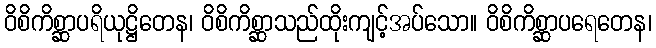
ဝိစိကိစ္ဆာပရိယုဋ္ဌိတေန၊ ဝိစိကိစ္ဆာသည်ထိုးကျင့်အပ်သော။ ဝိစိကိစ္ဆာပရေတေန၊